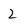
Character: 2